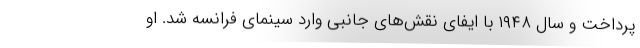
پرداخت و سال ١٩٤٨ با ایفای نقش‌های جانبی وارد سینمای فرانسه شد. او